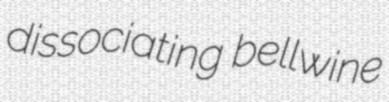
dissociating bellwine